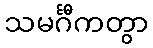
သမင်္ဂီကတွာ